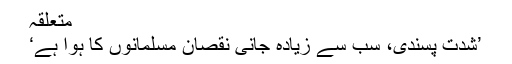
متعلقہ
’شدت پسندی، سب سے زیادہ جانی نقصان مسلمانوں کا ہوا ہے‘